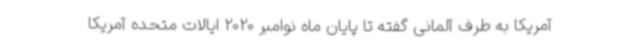
آمریکا به طرف آلمانی گفته تا پایان ماه نوامبر 2020 ایالات متحده آمریکا